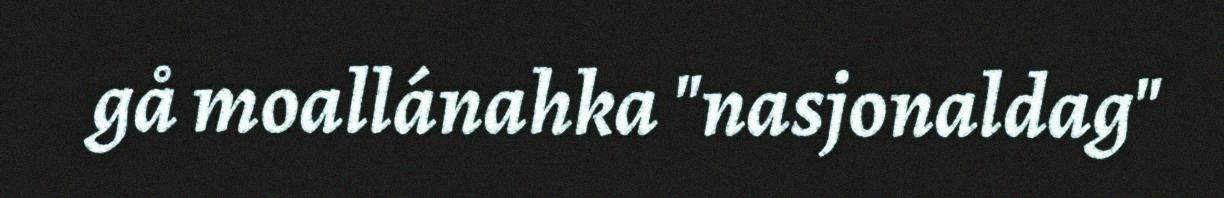
gå moallánahka "nasjonaldag"